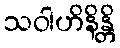
သဝါဟိနိန္တိ